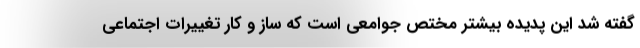
گفته شد این پدیده بیشتر مختص جوامعی است که ساز و کار تغییرات اجتماعی